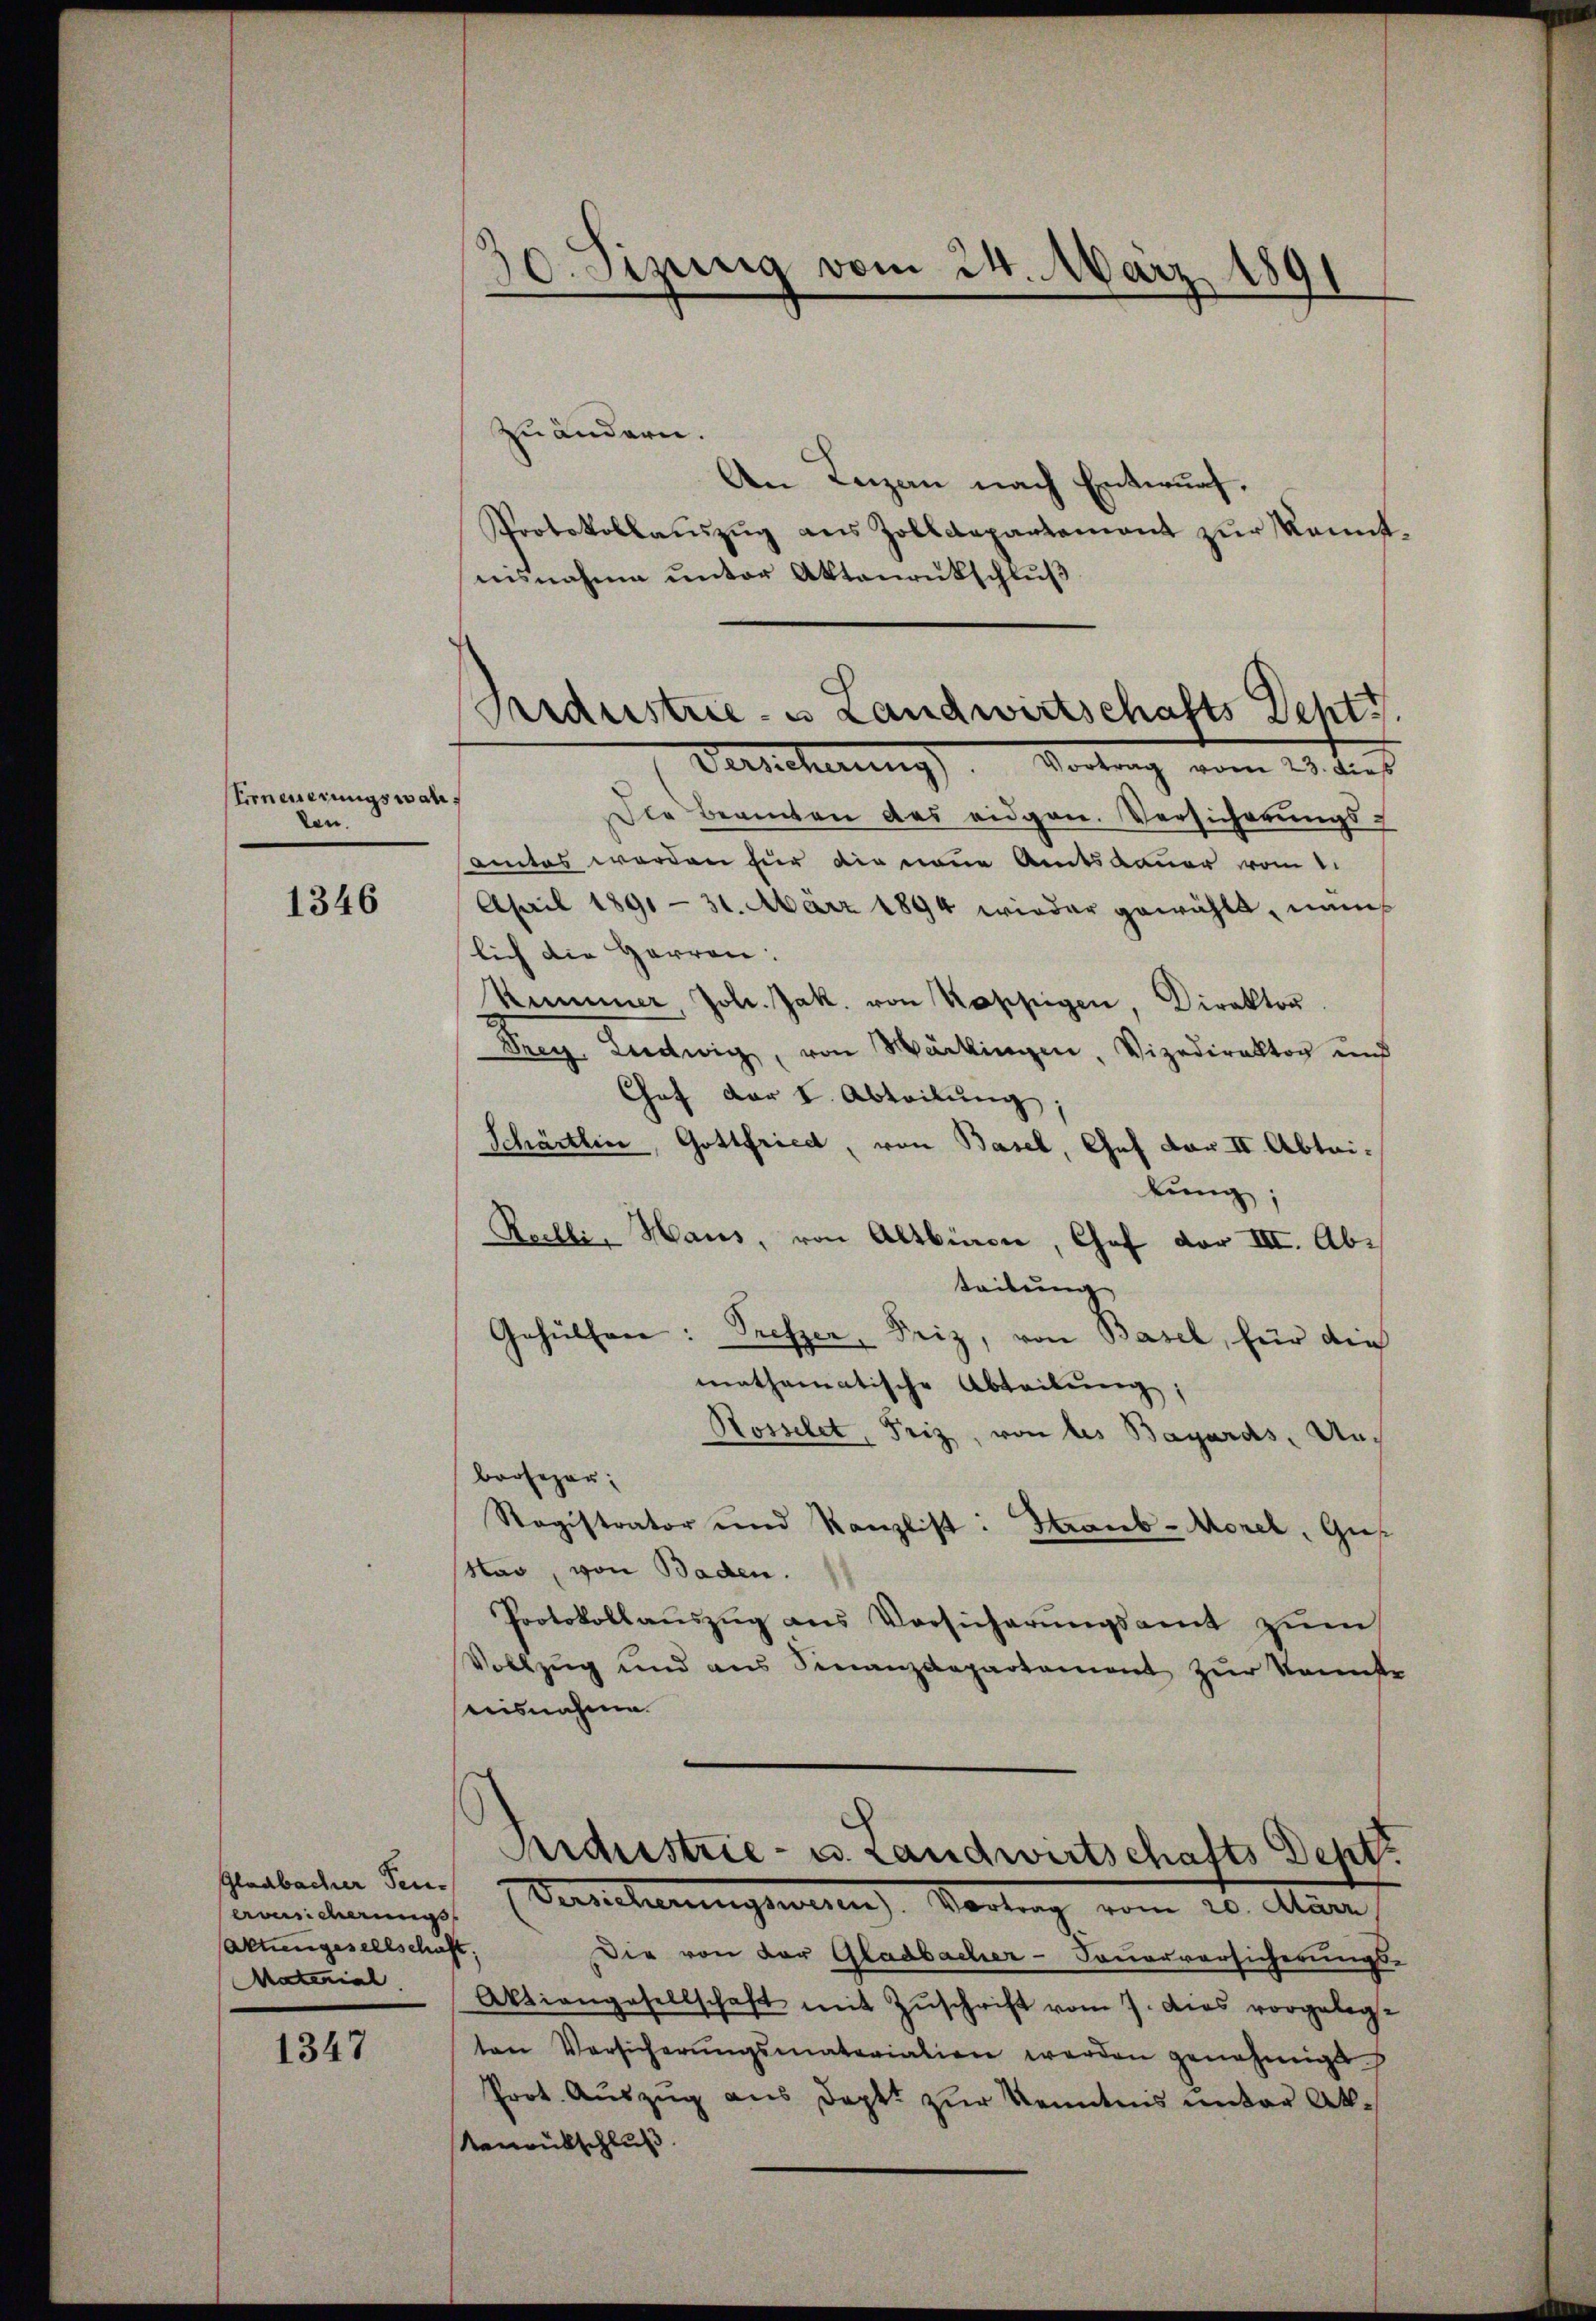
Erneuerungswah
den.

1346

Gladbacher Senerischen
Aktiengesellschaft,
MMaterial

1347

10. Sizung vom 24. März 189

Bedustrie- & Landwirtschafts Dept

zuändern.
An Lazan nach Entwurf.
Protokollauszug aus Zolldepartement zur Kenntnisnahme ŭnter Aktenrütschlŭβ
Versicherung. Vortung vom 23. dies
die Beamten des eidgen. Versicherungsamtes werden für die neue Amtsdauer vom 1.
April 1891 - 31. März 1894 wieder gewählt, nam
lich die Herren:
Kummer Joh. Jak. von Koppigen, Direktor
Frey Ludwig, von Märkingen, Vizedirektor und
Chef der L. Abteilung;
Schärtlin, Gottfried, von Basel, Gef Dar II. Abtai-
kung;
Reelli, Haus, von Altbiren, Chef vor III. Abr
teilung
Gehülfen: Preszer, Friz, von Basel, für die
mathematische Abtribung;
Rosselet, Friz, von des Bayards, Unbrosegar;
Ragistrator und Kanzlist: Heraub-Morel, Gus
Nao, von Baden.
Protokollauszug aus Vorsicherungsamt zum
Vollzug und aus Finanzdepartement zur kannste
uisnahme.
Industrie- u. Landwirtschafts Dept.
(Versucherungsmann Vortrag vom 20. März
Die von der Gladbacher-Feuerversicherungs-
Aktiengesellschaft mit Zuschrift vom 7. dies vorgelegt
ten Versicherŭngsmateriation werden genehmigt
Prot. Auszug aus Doptt zur Kenntnis unter Ak¬
Neurütschluß